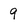
Character: 9